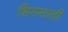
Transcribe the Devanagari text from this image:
शिरासाठी